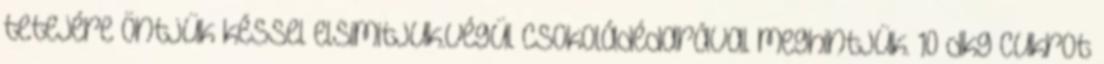
tetejére öntjük késsel elsimitjuk.Végül csokoládédarával meghintjük. 10 dkg cukrot